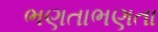
ભણતાભણતા